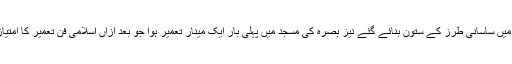
ان دونوں عمارات میں ساسانی طرز کے ستون بنائے گئے نیز بصرہ کی مسجد میں پہلی بار ایک مینار تعمیر ہوا جو بعد ازاں اسلامی فن تعمیر کا امتیازی نشان قرار پایا۔